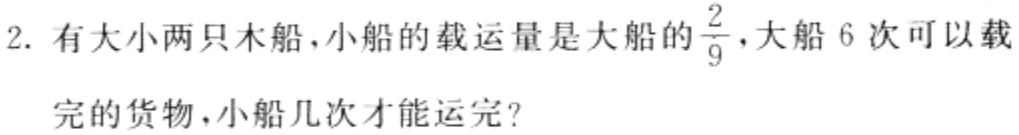
2. 有大小两只木船，小船的载运量是大船的$\frac{2}{9}$，大船$6$次可以载完的货物，小船几次才能运完？